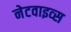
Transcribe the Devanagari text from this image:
नेटवाइव्स